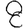
Digit: 8